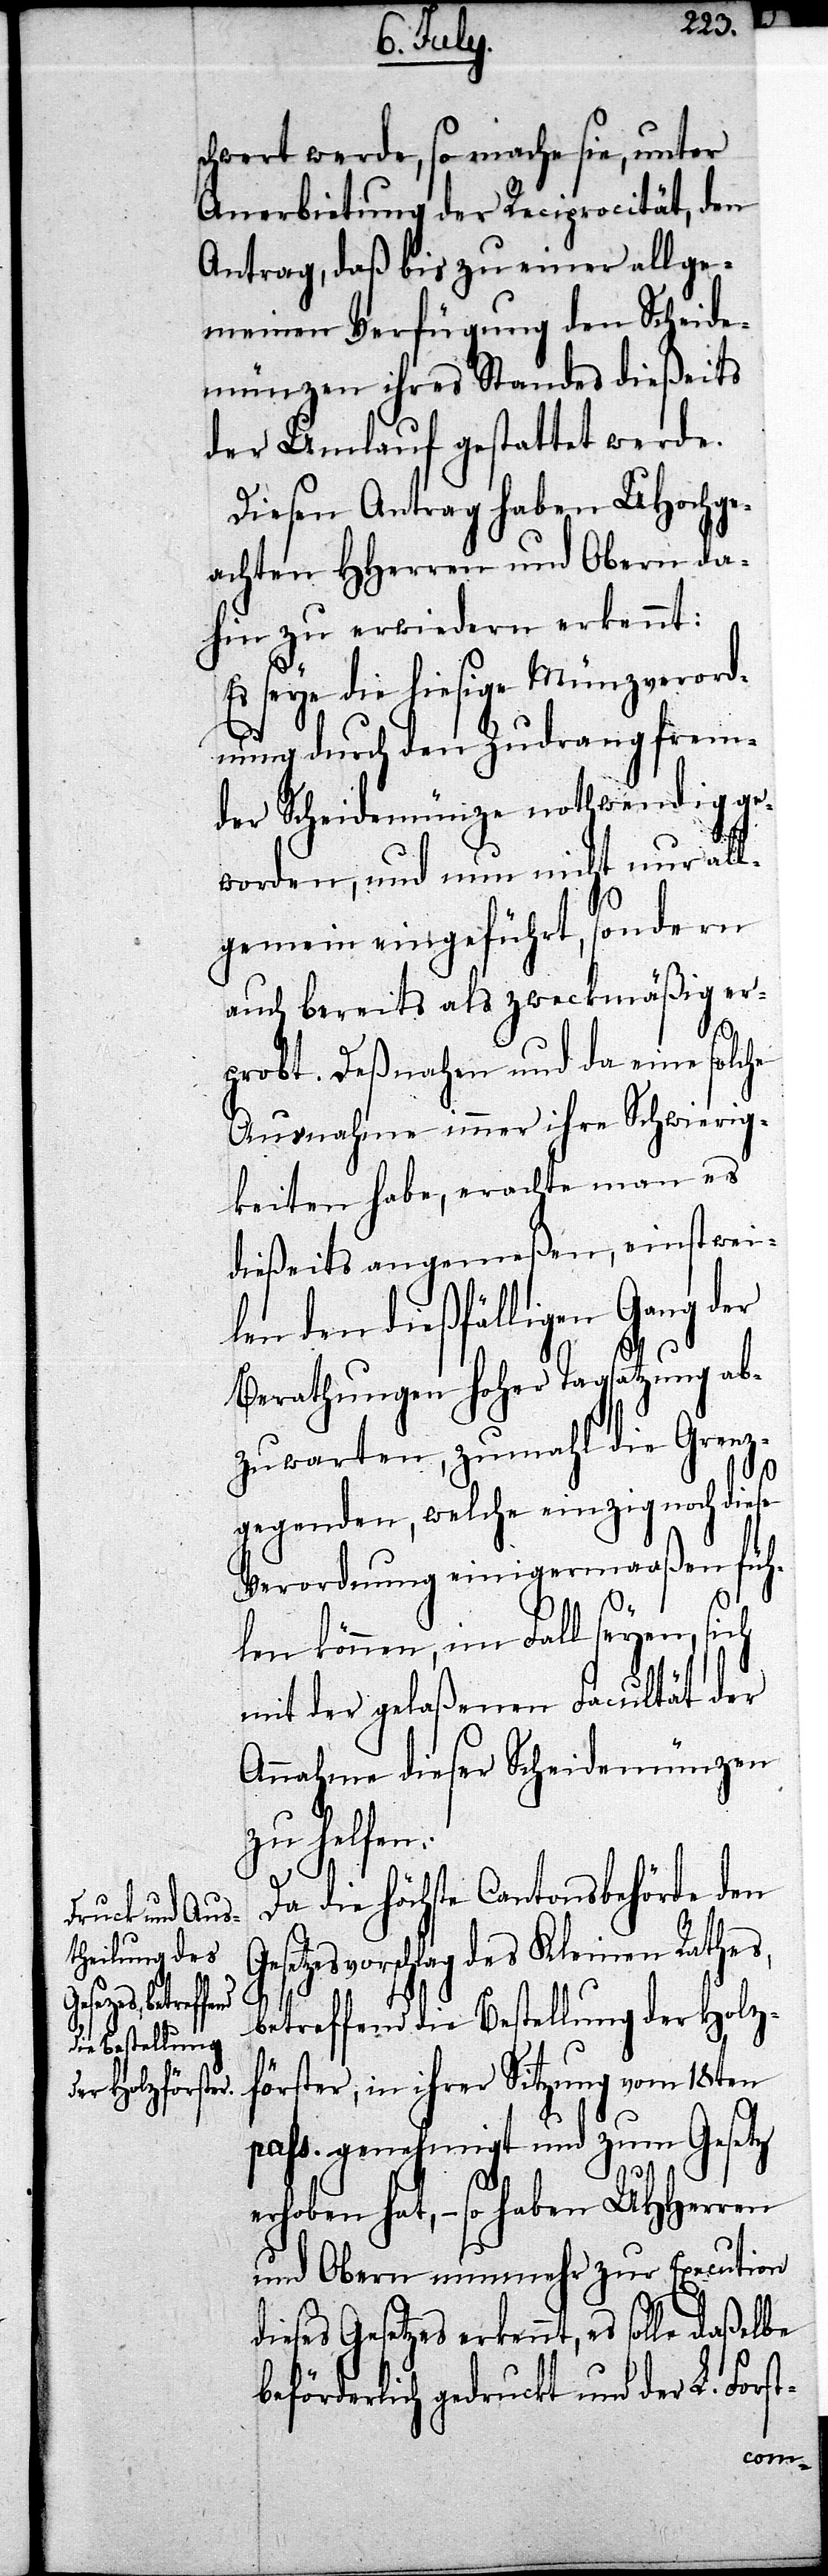
daßelbe

schwert werde, so mache sie, unter
Anerbietung der Reciprocität, den
Antrag, daß bis zu einer allge¬
meinen Verfügung den Scheide¬
münzen ihres Standes dießeits
der Umlauf gestattet werde.
Diesen Antrag haben UHochge¬
achten HHerren und Obern da¬
hin zu erwiedern erkennt:
Es seye die hiesige Münzverord¬
nung durch den Zudrang frem¬
der Scheidemünze nothwendig ge¬
worden, und nun nicht nur all¬
gemein eingeführt, sondern
auch bereits zweckmäßig er¬
probt. Deßnahen und da eine solche
Ausnahme immer ihre Schwierig¬
keiten habe, erachte man es
dießeits angemeßen, einstwei¬
len den dießfälligen Gang der
Berathungen Hoher Tagsatzung ab¬
zuwarten, zumahl die Grenz¬
gegenden, welche einzig noch diese
Verordnung einigermaaßen füh¬
len können, im Fall seyen, si¬
mit der gelaßenen Facultät der
Annahme dieser Scheidemünzen
zu helfen.
ch
Da die Höchste Cantonsbehörde den
setzesvorschlag des Kleinen Rathes,
e¬
betreffend die Bestellung der Holz¬
förster, in ihrer Sitzung vom 18ten
pass. genehmigt und zum Gesetz
rhoben hat, – so haben UHHerren
und Obern nunmehr zur Execution
dieses Gesetzes erkennt, es solle
beförderlich gedruckt und der L. Forst-
Ge¬